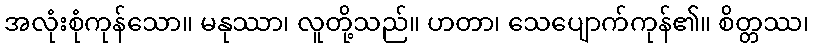
အလုံးစုံကုန်သော။ မနုဿာ၊ လူတို့သည်။ ဟတာ၊ သေပျောက်ကုန်၏။ စိတ္တဿ၊